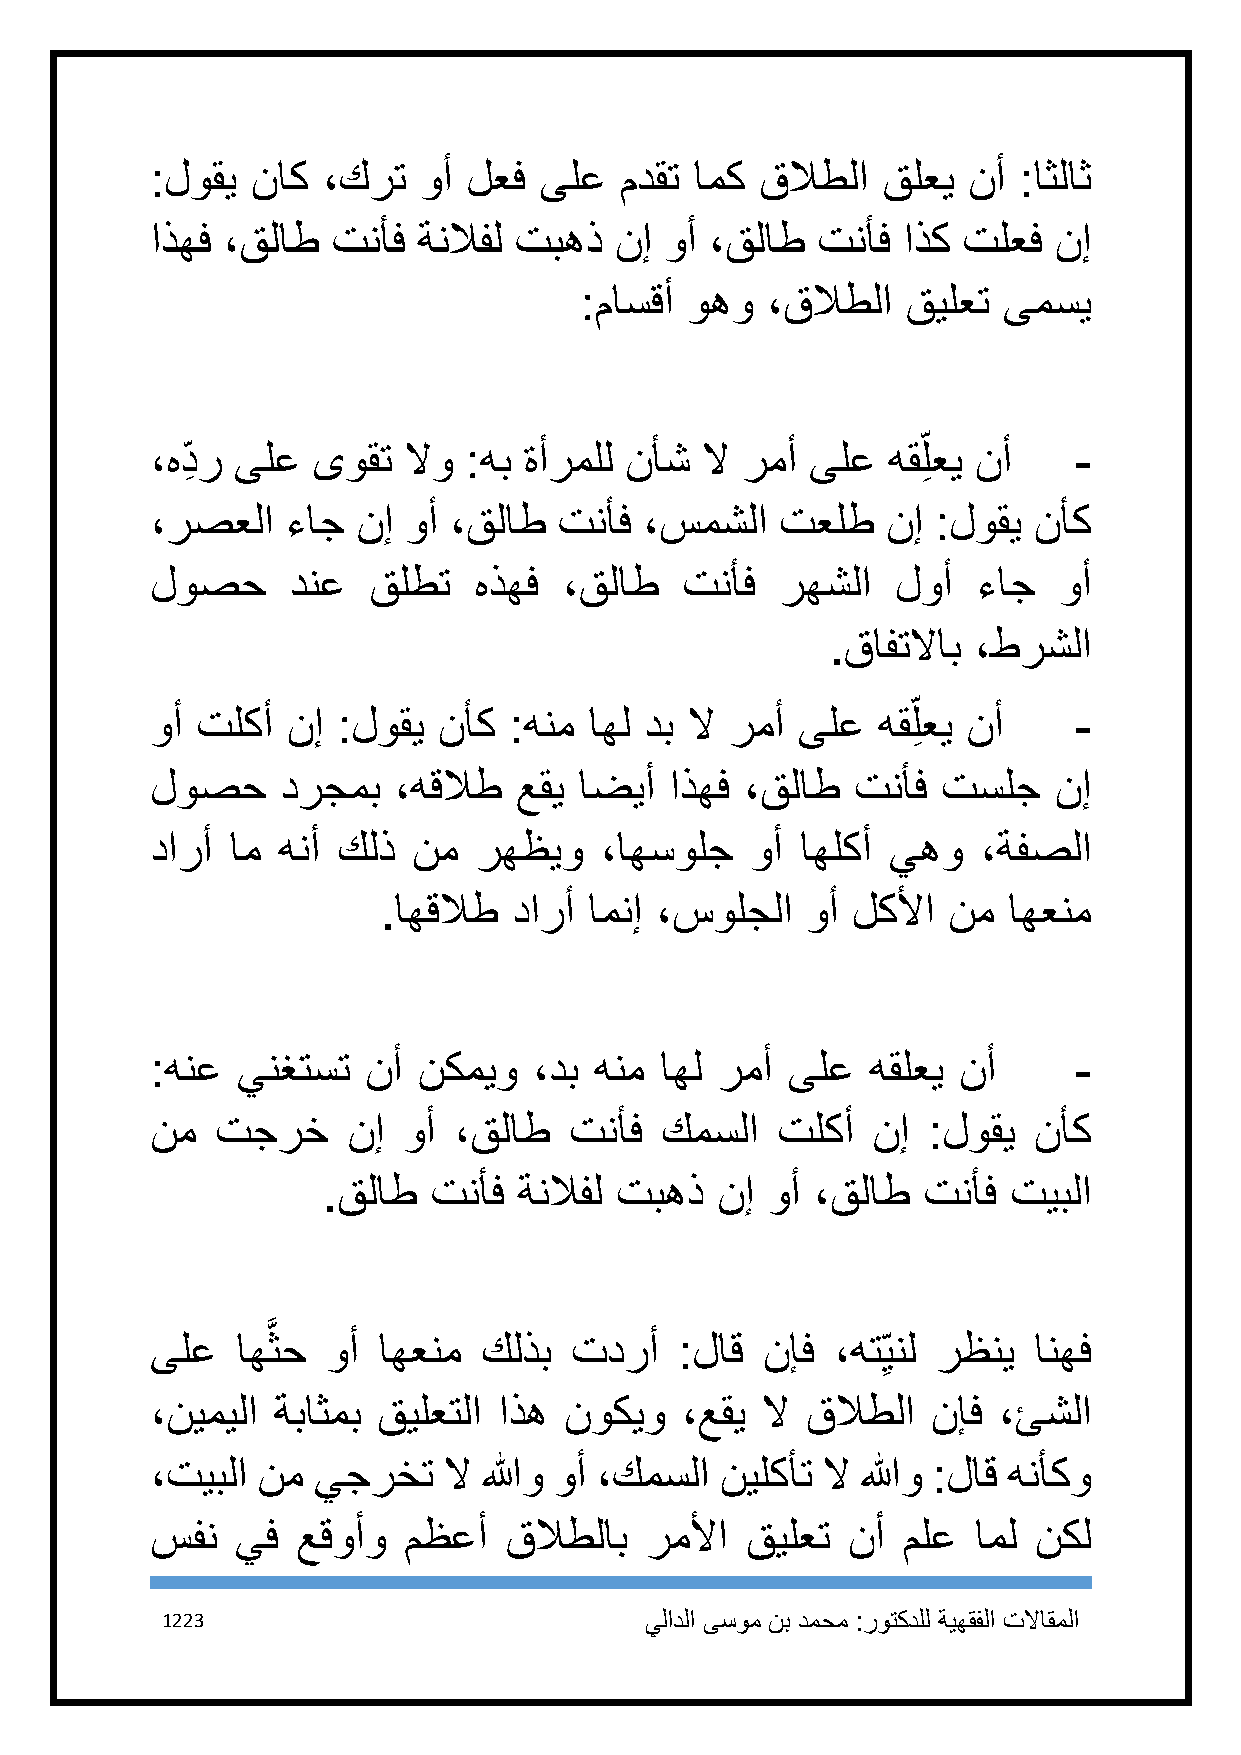
:لوقي  ناك ،كرت   وأ لعف  ىلع  مدقت امك قلاطلا  قلعي  نأ :اثلاث
 اذهف ،قلاط  تنأف  ةنلافل تبهذ  نإ وأ ،قلاط  تنأف  اذك تلعف  نإ
 :ماسقأ وهو   ،قلاطلا  قيلعت ىمسي
 ،هد ِ ر ىلع ىوقت لاو :هب ةأرملل نأش لا رمأ  ىلع  هقلِ عي نأ  -
 ،رصعلا   ءاج  نإ وأ ،قلاط  تنأف  ،سمشلا   تعلط   نإ :لوقي نأك
 لوصح     دنع  قلطت   هذهف  ،قلاط   تنأف   رهشلا  لوأ   ءاج  وأ
 .قافتلااب ،طرشلا
 وأ تلكأ  نإ :لوقي  نأك  :هنم اهل دب لا رمأ ىلع  هقلِ عي نأ   -
 لوصح     درجمب  ،هقلاط  عقي اضيأ  اذهف ،قلاط   تنأف تسلج    نإ
 دارأ ام هنأ كلذ  نم   رهظيو   ،اهسولج   وأ اهلكأ يهو   ،ةفصلا
 .اهقلاط  دارأ امنإ ،سولجلا  وأ لكلأا  نم  اهعنم
 :هنع  ينغتست  نأ  نكميو  ،دب هنم  اهل رمأ ىلع   هقلعي نأ     -
 نم  تجرخ     نإ  وأ ،قلاط   تنأف  كمسلا  تلكأ   نإ :لوقي  نأك
 .قلاط   تنأف ةنلافل تبهذ  نإ  وأ ،قلاط  تنأف  تيبلا
 َّ
 ىلع   اهثح  وأ اهعنم  كلذب  تدرأ   :لاق نإف  ،هت ِينل رظني انهف
 ،نيميلا ةباثمب قيلعتلا اذه نوكيو   ،عقي لا قلاطلا   نإف ،ئشلا
 ،تيبلا نم  يجرخت   لا اللهو وأ ،كمسلا نيلكأت لا اللهو :لاق هنأكو
 سفن   يف  عقوأو  مظعأ  قلاطلاب   رملأا قيلعت  نأ  ملع  امل نكل
 1223                            يلادلا ىسوم نب دمحم :روتكدلل ةيهقفلا تلااقملا